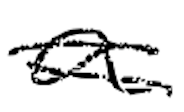
Text: a
Cross-out: double-line
Writing tool: digital_black